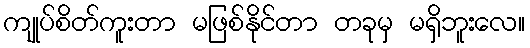
ကျုပ်စိတ်ကူးတာ မဖြစ်နိုင်တာ တခုမှ မရှိဘူးလေ။